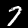
Label: 7